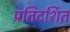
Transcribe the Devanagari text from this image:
प्रतिदर्शित